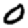
Digit: 0